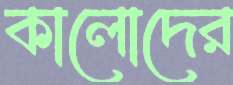
কালোদের